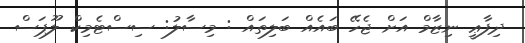
ދިފާޢީ ނިޒާމް އަށް ޖެހޭ ބައެއް ބަލިތައް : މިސާލު: ސިސްޓެމިކް ލޫޕަސް